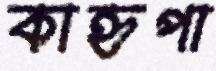
কাহ্নপা